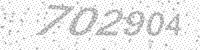
Solution: 702904